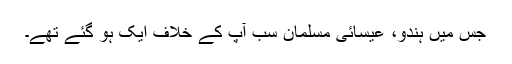
جس میں ہندو، عیسائی مسلمان سب آپؑ کے خلاف ایک ہو گئے تھے۔